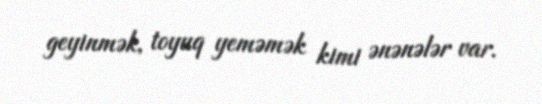
geyinmək, toyuq yeməmək kimi ənənələr var.